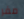
مفر